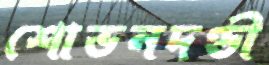
শোভনদণ্ডী